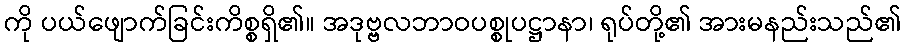
ကို ပယ်ဖျောက်ခြင်းကိစ္စရှိ၏။ အဒုဗ္ဗလဘာဝပစ္စုပဋ္ဌာနာ၊ ရုပ်တို့၏ အားမနည်းသည်၏